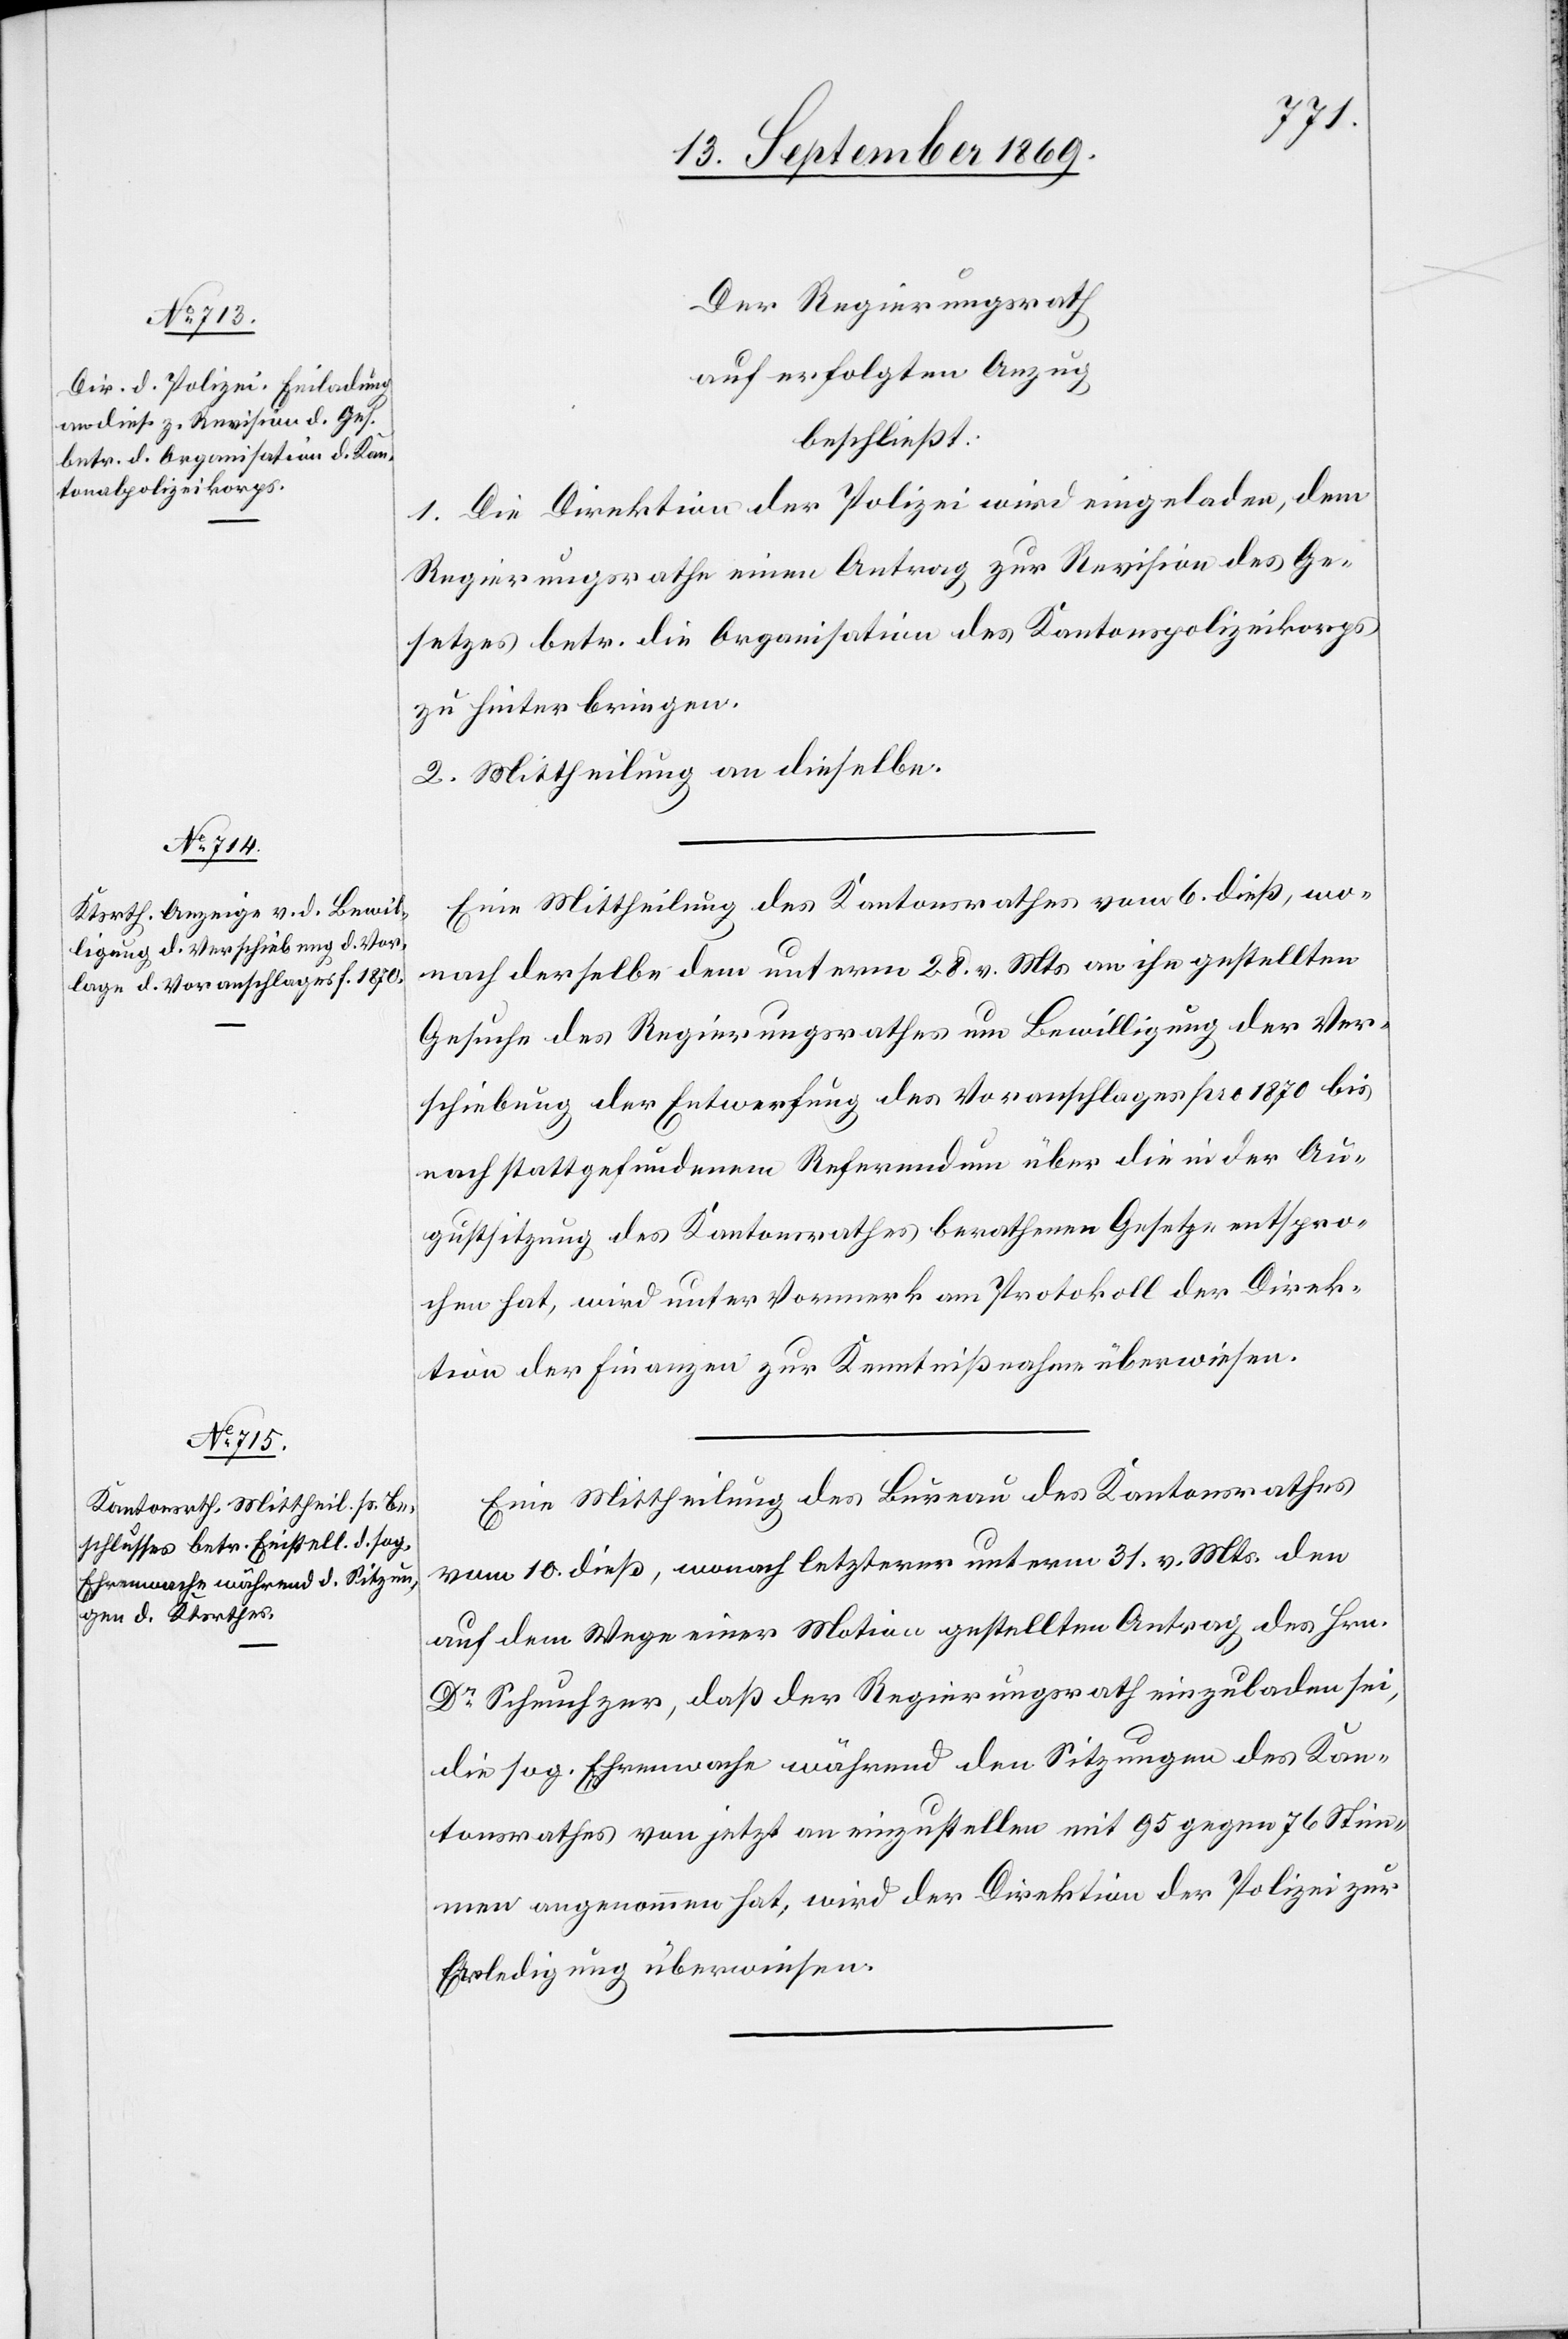
Der Regierungsrath
auf erfolgten Anzug
beschließt:
Die Direktion der Polizei wird eingeladen, dem
1.
Regierungsrathe einen Antrag zur Revision des Ge¬
setzes betr. die Organisation des Kantonspolizeikorps
zu hinterbringen.
2. Mittheilung an dieselbe.
Eine Mittheilung des Kantonsrathes vom 6. dieß, wo¬
nach derselbe dem unterm 28. v. Mts. an ihn gestellten
Gesuche des Regierungsrathes um Bewilligung der Ver¬
schiebung der Entwerfung des Voranschlages pro 1870 bis
nach stattgefundenem Referendum über die in der Au¬
gustsitzung des Kantonsrathes berathenen Gesetze entspro¬
chen hat, wird unter Vormerk am Protokoll der Direk¬
tion der Finanzen zur Kenntnißnahme überwiesen.
Eine Mittheilung des Bureau des Kantonsrathes
vom 10. dieß, wonach letzterer unterm 31. v. Mts. den
auf dem Wege einer Motion gestellten Antrag des Hrn.
Dr Scheuchzer, daß der Regierungsrath einzuladen sei,
die sog. Ehrenwache während den Sitzungen des Kan¬
tonsrathes von jetzt an einzustellen mit 95 gegen 76 Stim¬
men angenommen hat, wird der Direktion der Polizei zur
Erledigung überwiesen.